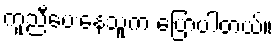
ကူညီပေးနေသူက ပြောပါတယ်။